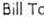
BILL TO